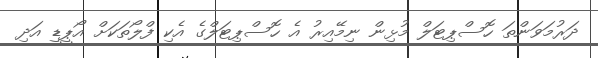
ދަރުމަވަންތަ ހޮސްޕިޓަލް މުޅިން ނިމޭއިރު އެ ހޮސްޕިޓަލްގެ އެކި ފްލޯތަކަށް އޯޕީޑީ އަދި